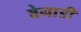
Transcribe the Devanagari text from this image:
बेनाडी